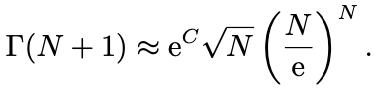
$\Gamma(N + 1) \approx \mathrm{e}^{C} \sqrt{N} \left( \frac{N}{\mathrm{e}} \right)^{N}.$